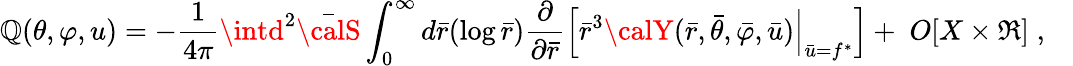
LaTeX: \mathbb{Q}(\theta,\varphi,u)=-\frac{{1}}{{4\pi}}\intd^{2}{\bar{{\calS}}}\int_{0}^{\infty}d{\bar{{r}}}(\log{\bar{{r}}})\frac{{\partial}}{{\partial{\bar{{r}}}}}\Bigl[{\bar{{r}}}^{3}{\calY}({\bar{{r}}},{\bar{{\theta}}},{\bar{{\varphi}}},{\bar{{u}}})\Bigl|_{{\bar{{u}}}=f^{*}}\Bigr]+\; O[X\times\Re]\; ,\quad